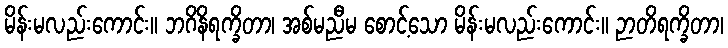
မိန်းမလည်းကောင်း။ ဘဂိနိရက္ခိတာ၊ အစ်မညီမ စောင့်သော မိန်းမလည်းကောင်း။ ဉာတိရက္ခိတာ၊